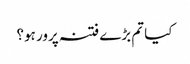
کیا تم بڑے فتنہ پرور ہو؟